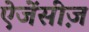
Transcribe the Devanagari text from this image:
ऐजेंसीज़